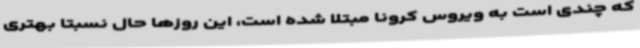
که چندی است به ویروس کرونا مبتلا شده است، این روزها حال نسبتا بهتری